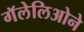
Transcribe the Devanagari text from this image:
गॅलेलिओने